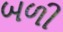
બળી